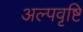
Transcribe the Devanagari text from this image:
अल्पवृष्टि